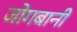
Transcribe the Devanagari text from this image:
जोगबानी